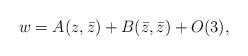
LaTeX: \begin{align*}w = A(z,\bar{z}) + B(\bar{z},\bar{z}) + O(3) ,\end{align*}